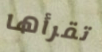
تقرأها